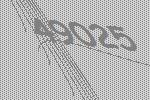
49025